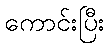
ကောင်းပြီး